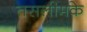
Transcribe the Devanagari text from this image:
तसलीमके